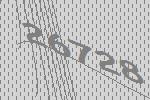
26728